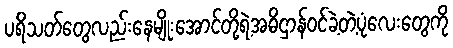
ပရိသတ်တွေလည်းနေမျိုးအောင်တို့ရဲ့အဓိဌာန်ဝင်ခဲ့တဲ့ပုံလေးတွေကို